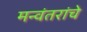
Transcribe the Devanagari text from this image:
मन्वंतरांचे